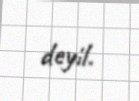
deyil.